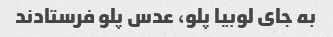
به جای لوبیا پلو، عدس پلو فرستادند